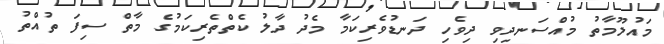
މައުލޫމާތު މުއްސަނދިވި ދިވެހި ދަނޑުވެރިކަމާ މެދު ދާލު ކެތްތެރިކަމުގެ މާތް ސިފަ ތުއްތު